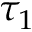
\tau _ { 1 }